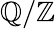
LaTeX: \mathbb{Q}/\mathbb{Z}